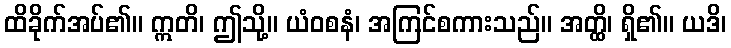
ထိခိုက်အပ်၏။ ဣတိ၊ ဤသို့။ ယံဝစနံ၊ အကြင်စကားသည်။ အတ္ထိ၊ ရှိ၏။ ယဒိ၊